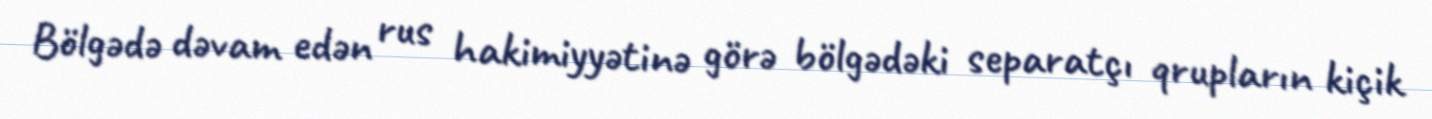
Bölgədə dəvam edən rus hakimiyyətinə görə bölgədəki separatçı qrupların kiçik